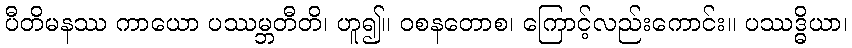
ပီတိမနဿ ကာယော ပဿမ္ဘတီတိ၊ ဟူ၍။ ဝစနတောစ၊ ကြောင့်လည်းကောင်း။ ပဿဒ္ဓိယာ၊